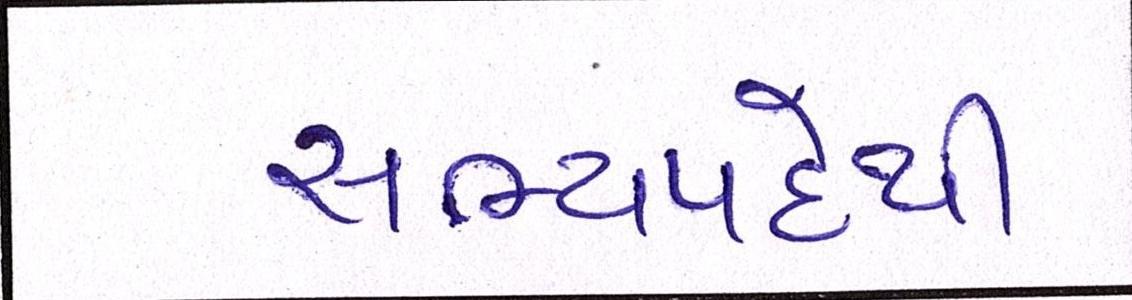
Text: સભ્યપદેથી